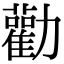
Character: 勸